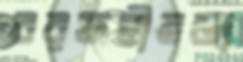
বরফহীনতা